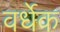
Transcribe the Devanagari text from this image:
वर्धेक